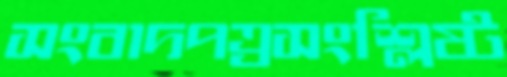
সংবাদপত্রসংশ্লিষ্ট